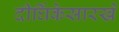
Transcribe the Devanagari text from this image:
दीर्घिकेसारखे